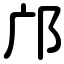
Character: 邝